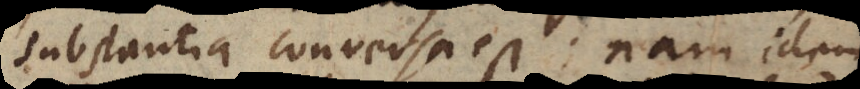
substantia conversa est; nam idem